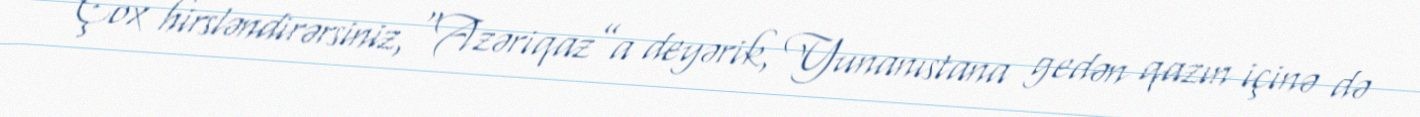
Çox hirsləndirərsiniz, “Azəriqaz”a deyərik, Yunanıstana gedən qazın içinə də